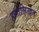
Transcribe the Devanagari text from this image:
हस्तलिखत